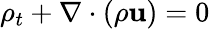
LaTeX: \rho_{t}+\nabla\cdot(\rho\mathbf{u})=0